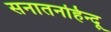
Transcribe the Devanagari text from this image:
सनातनहिन्दू